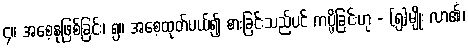
၄။ အစေ့နုဖြစ်ခြင်း၊ ၅။ အစေ့ထုတ်ပယ်၍ စားခြင်းသည်ပင် ကပ္ပိခြင်းဟု - (၅)မျိုး လာ၏၊